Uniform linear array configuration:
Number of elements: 24
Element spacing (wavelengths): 0.25
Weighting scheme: uniform
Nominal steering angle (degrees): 0
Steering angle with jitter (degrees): -1.349
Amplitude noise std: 0.05
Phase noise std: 0.05

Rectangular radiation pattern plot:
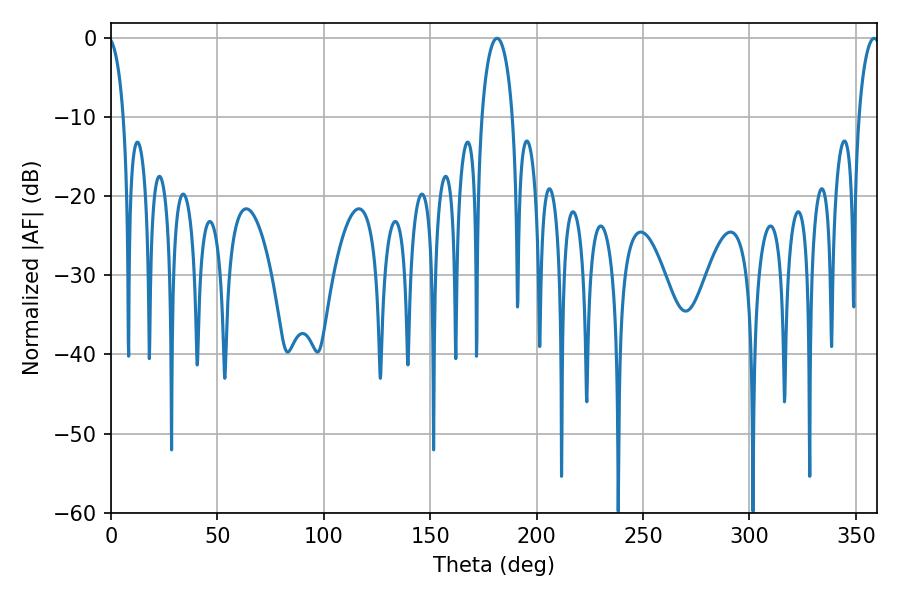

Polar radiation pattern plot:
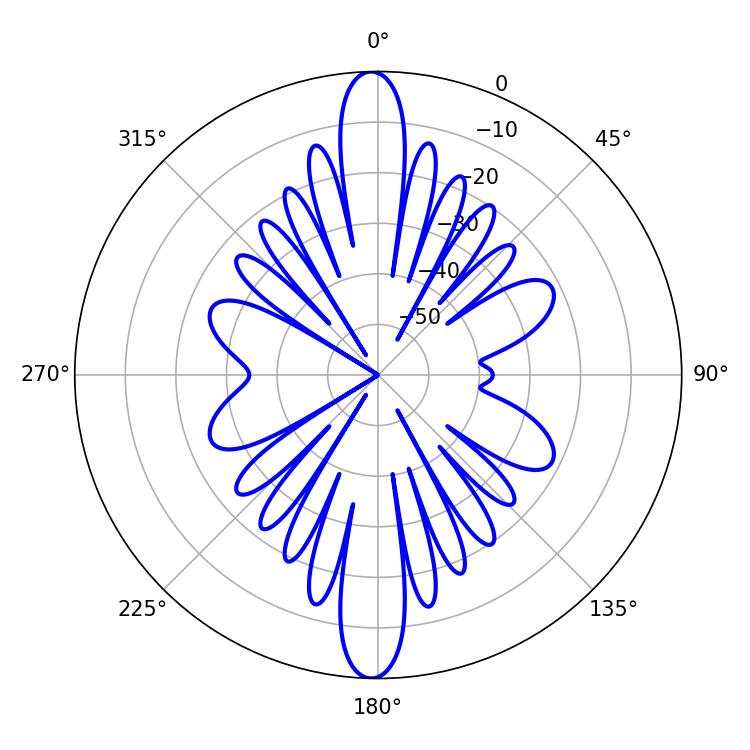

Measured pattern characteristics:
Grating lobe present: FALSE
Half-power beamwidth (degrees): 8.28
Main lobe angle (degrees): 181.44